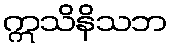
ဣသိနိသဘ